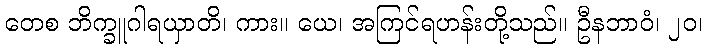
တေစ ဘိက္ခူဂါရယှာတိ၊ ကား။ ယေ၊ အကြင်ရဟန်းတို့သည်။ ဦနဘာဝံ၊ ၂၀၊